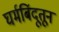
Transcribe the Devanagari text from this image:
घर्मबिंदूतून